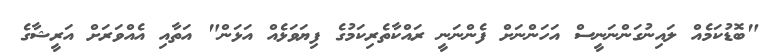
"ބޮޑުކަމެއް ލައިނުގަންނަނީސް އަހަންނަށް ފެންނަނީ ރައްކާތެރިކަމުގެ ފިޔަވަޅެއް އަޅަން" އަތާއި އެއްވަރަށް އަރީޝާގެ